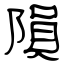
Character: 隕